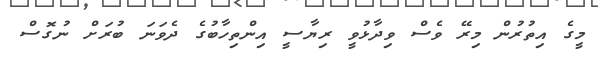
މީގެ އިތުރުން މިރޭ ވެސް ވިދާޅުވީ ރިޔާސީ އިންތިހާބުގެ ދެވަނަ ބުރަށް ނުގޮސް